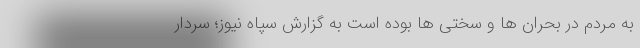
به مردم در بحران ها و سختی ها بوده است به گزارش سپاه نیوز؛ سردار